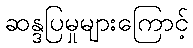
ဆန္ဒပြမှုများကြောင့်